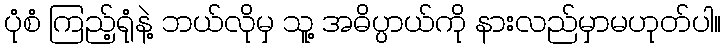
ပုံစံ ကြည့်ရုံနဲ့ ဘယ်လိုမှ သူ့ အဓိပ္ပာယ်ကို နားလည်မှာမဟုတ်ပါ။